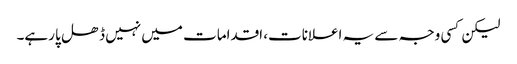
لیکن کسی وجہ سے یہ اعلانات، اقدامات میں نہیں ڈھل پا رہے۔